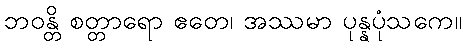
ဘဝန္တိ စတ္တာရော ဧတေ၊ အဿမာ ပုန္နပုံသကေ။